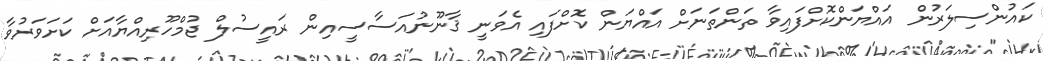
ކައުންސިލަރުން އައްޔަންކޮށްފައިވާ ތަންތަނަށް އައްޔަން ކޮށްފައި އެވަނީ ޤާނޫނުއަސާސީއިން ރައީސުލް ޖުމްހޫރިއްޔާއަށް ކަށަވަރުވާ